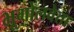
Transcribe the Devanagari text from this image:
भूगोलवेता